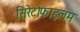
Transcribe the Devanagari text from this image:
सिरेटोफाइलम